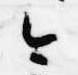
今